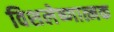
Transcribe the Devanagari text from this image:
विशलेष्णात्मक